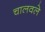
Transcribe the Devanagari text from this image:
चालवले